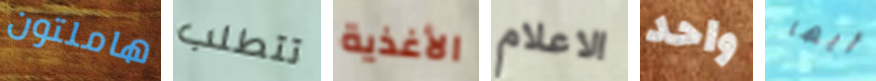
هاملتون تتطلب الأغذية الاعلام واحد أيها